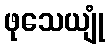
ဖုသေယျုံ